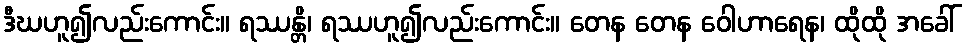
ဒီဃဟူ၍လည်းကောင်း။ ရဿန္တိ၊ ရဿဟူ၍လည်းကောင်း။ တေန တေန ဝေါဟာရေန၊ ထိုထို အခေါ်